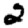
Digit: 2